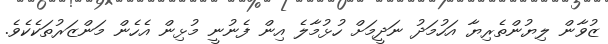
ޒުވާން ލިޔުންތެރިޔާ އަހުމަދު ނަދީމަށް ހުޅުމާލެ އިން ފެނުނީ މުޅިން އެހެން މަންޒަރުތަކެކެވެ.